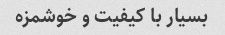
بسیار با کیفیت و خوشمزه